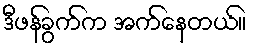
ဒီဖန်ခွက်က အက်နေတယ်။